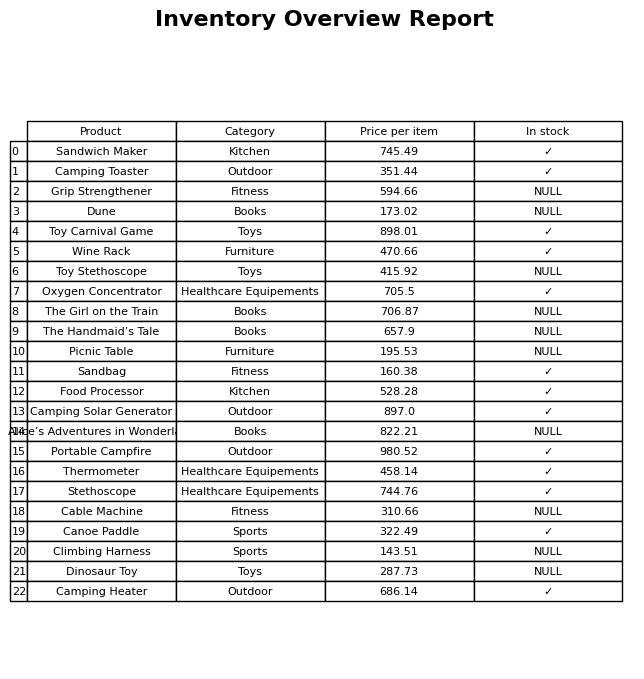
question: What is the stock status of the Portable Campfire?
answer: ✓